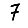
Digit: 7